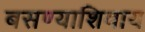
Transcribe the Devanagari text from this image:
बसण्याशिवाय